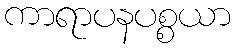
ကာရာပနပစ္စယာ